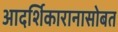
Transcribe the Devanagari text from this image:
आदर्शिकारानासोबत